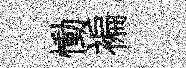
慟褊